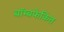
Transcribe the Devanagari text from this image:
बॉम्बफेकित